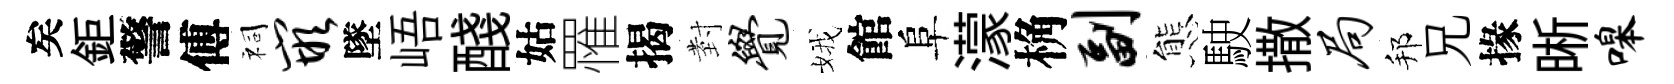
矣鉅警傅祠嵌墜峿醆姑罹揭𭔹觉娥館阜濛桷副態駛撒局邦兄掾晰嗥